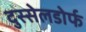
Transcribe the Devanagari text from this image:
दुस्सेलडोर्फ